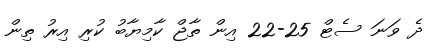
ދެ ވަނަ ސެޓް 25-22 އިން ތާޖް ކާމިޔާބު ކުރި އިރު ތިން